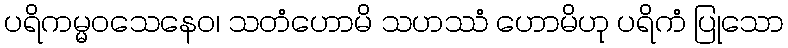
ပရိကမ္မဝသေနေဝ၊ သတံဟောမိ သဟဿံ ဟောမိဟု ပရိကံ ပြုသော